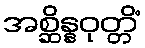
အစ္ဆိန္နဝုတ္တိံ